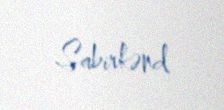
Sabirkənd